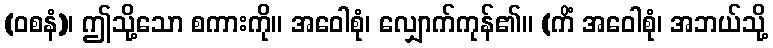
(ဝစနံ)၊ ဤသို့သော စကားကို။ အဝေါစုံ၊ လျှောက်ကုန်၏။ (ကိံ အဝေါစုံ၊ အဘယ်သို့